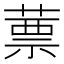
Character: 蔈